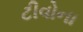
ટીવોના